Leaving Certificate Examination, 1922
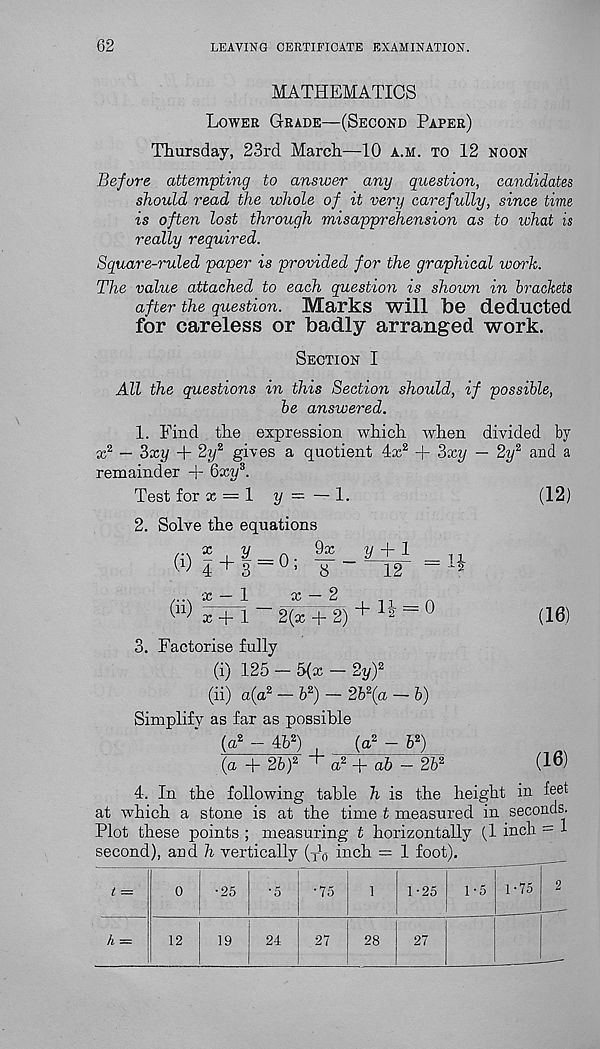
62
LEAVING CERTIFICATE EXAMINATION.
MATHEMATICS
Lower Grade—(Second Paper)
Thursday, 23rd March—10 a.m. to 12 noon
Before attempting to answer any question, candidates
should read the whole of it very carefully, since time
is often lost through misapprehension as to ivhat is
really required.
Square-ruled paper is provided for the graphical work.
The value attached to each question is shown in brackets
after the question. Marks will be deducted
for careless or badly arranged work.
Section I
All the questions in this Section should, if possible,
be answered.
1. Find the expression which
x“ — 3xy + 2y z gives a quotient 4x 2
remainder + Qxy s .
Test for x — 1 y — — 1.
2. Solve the equations
... x
y
^
9x
« | + 3 = 0 ; 8 -
x — 2
2{x + 2)
when
-f 3xy
divided by
- 2y 2 and a
(12)
(ii)
x
y + i
■
12 -
+ n = o
H
(16)
X + 1
3. Factorise fully
(i) 125 - 5(x - 2y) 2
(ii) a(a 2 - b 2 ) - 2b 2 (a
Simplify as far as possible
(a 2 - 4b 2 )
(a 2 -
(a + 2b) 2 ' a 2 + ab
4. In the following table h is the height in feet
at which a stone is at the time t measured in seconds.
Plot these points ; measuring t horizontally (.1 inch = 1
second), and h vertically (yb inch = 1 foot).
-b)
b 2 )
2b 2
(16)
h =
•25
12
19
24
•75
27
1-25
1-5
28
27
1-75